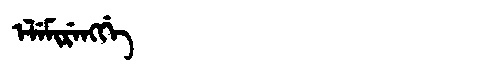
Manchu: ᡝᠯᡝᠮᡳᡵᡝᠩᡤᡝ
Romanization: ELEMIRENGGE